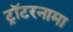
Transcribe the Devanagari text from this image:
ट्रॉटरनामा